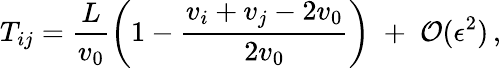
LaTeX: T_{ij}=\frac{L}{v_{0}}\left(1-\frac{v_{i}+v_{j}-2v_{0}}{2v_{0}}\right)\; +\; {\cal O}(\epsilon^{2})\, ,